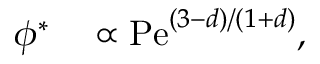
\begin{array} { r l } { \phi ^ { \ast } } & { { } \propto \mathrm { P e } ^ { ( 3 - d ) / ( 1 + d ) } , } \end{array}